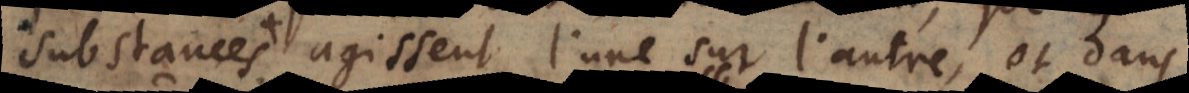
substances agissent l’une sur l’autre, et dans